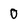
Character: 0